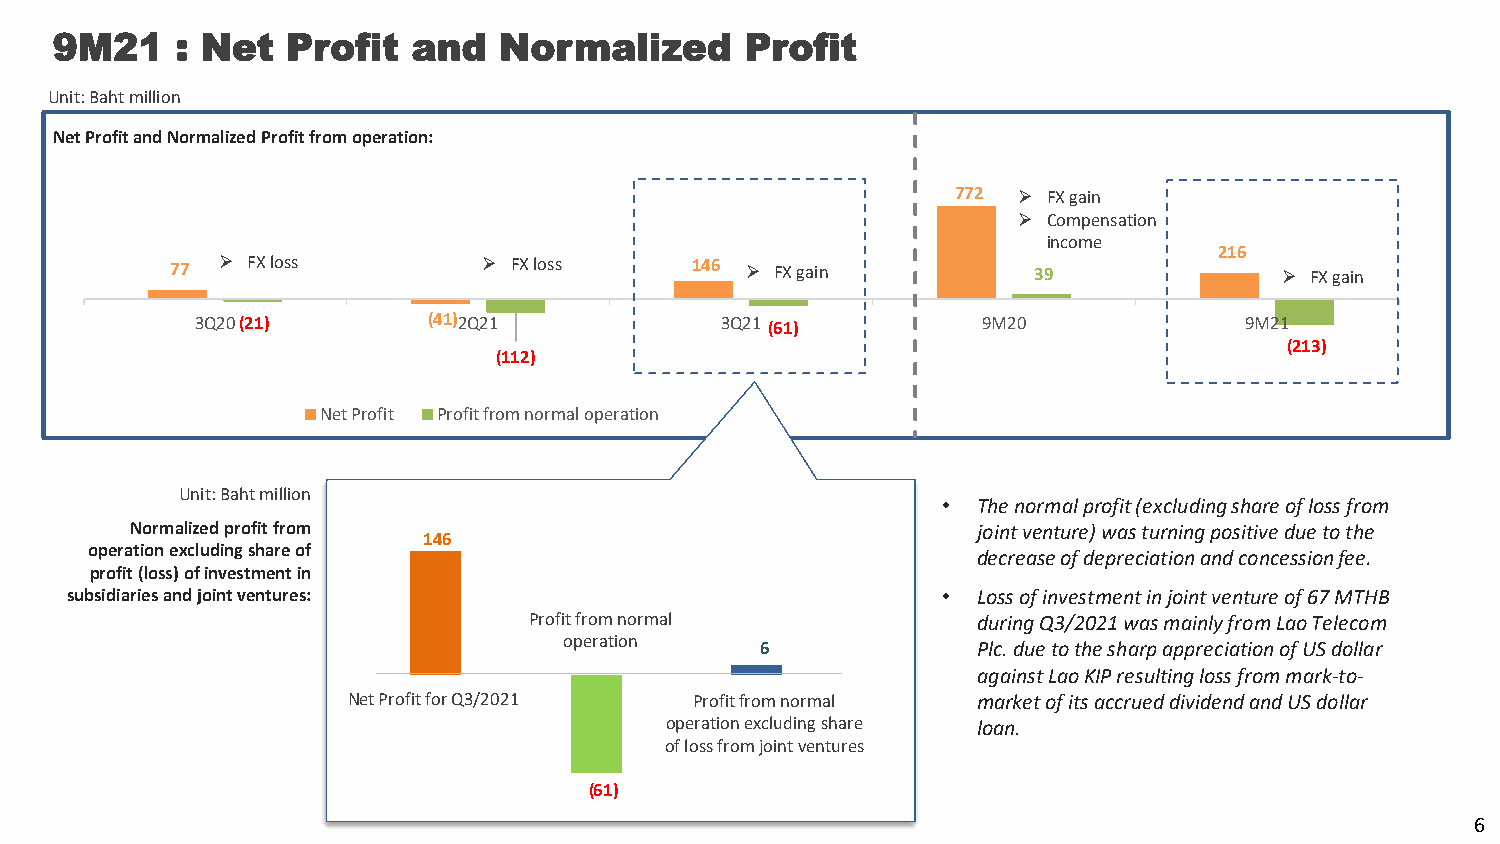
9M21     : Net  Profit  and   Normalized      Profit
 Unit: Baht million
 Net Profit and Normalized Profit from operation:
 772  FX gain
  Compensation
 income
 216
 77   FX loss         FX loss     146  FX gain         39                FX gain
 3Q20(21)       (41)2Q21            3Q21(61)         9M20             9M21
 (213)
 (112)
 Net Profit Profit from normal operation
 Unit: Baht million
 •  The normal profit (excluding share of loss from
 Normalized profit from                                  joint venture) was turning positive due to the
 146
 operation excluding share of
 decrease of depreciation and concession fee.
 profit (loss) of investment in
 subsidiaries and joint ventures:                          •  Loss of investment in joint venture of 67 MTHB
 Profit from normal            during Q3/2021 was mainly from Lao Telecom
 operation
 6              Plc. due to the sharp appreciation of US dollar
 against Lao KIP resulting loss from mark-to-
 Net Profit for Q3/2021 Profit from normal market of its accrued dividend and US dollar
 operation excluding share loan.
 of loss from joint ventures
 (61)
 6